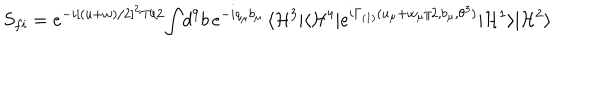
LaTeX: S _ { f i } = e ^ { - i [ ( u + w ) / 2 ] ^ { 2 } T / 2 } \! \int \! d ^ { 9 } b \, e ^ { - i q _ { \mu } b _ { \mu } } \, \langle { \cal H } ^ { 3 } | \langle { \cal H } ^ { 4 } | e ^ { i \Gamma _ { \mathrm { ( 1 ) } } ( u _ { \mu } + w _ { \mu } / 2 , b _ { \mu } , \theta ^ { 3 } ) } | { \cal H } ^ { 1 } \rangle | { \cal H } ^ { 2 } \rangle